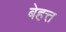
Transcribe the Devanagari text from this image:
बेहत्त